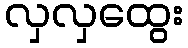
လှလှထွေး